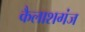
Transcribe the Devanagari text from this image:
कैलाशगंज